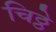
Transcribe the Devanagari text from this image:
चिठ्ठे